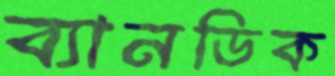
ব্যানডিক